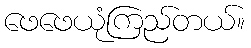
ဖေဖေယုံကြည်တယ်။